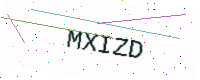
Text: MXIZD